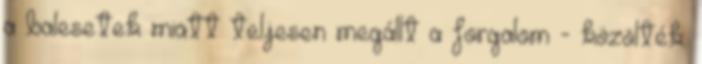
a balesetek miatt teljesen megállt a forgalom - közölték.